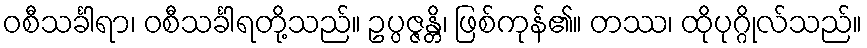
ဝစီသင်္ခါရာ၊ ဝစီသင်္ခါရတို့သည်။ ဥပ္ပဇ္ဇန္တိ၊ ဖြစ်ကုန်၏။ တဿ၊ ထိုပုဂ္ဂိုလ်သည်။